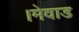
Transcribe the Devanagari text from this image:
।मेवाड